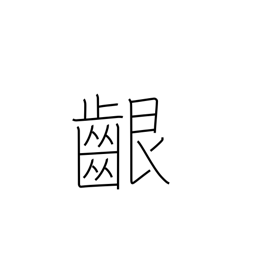
Meaning: gums